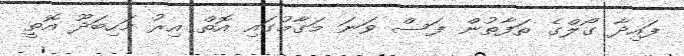
ފައިދާ ގޯލްގެ ތަފާތުން ފަސް ވަނަ މަގާމުގައި އޮތް އިރު މަހިބަދޫ އޮތީ